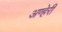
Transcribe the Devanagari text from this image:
अण्हेरी